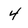
Character: 4